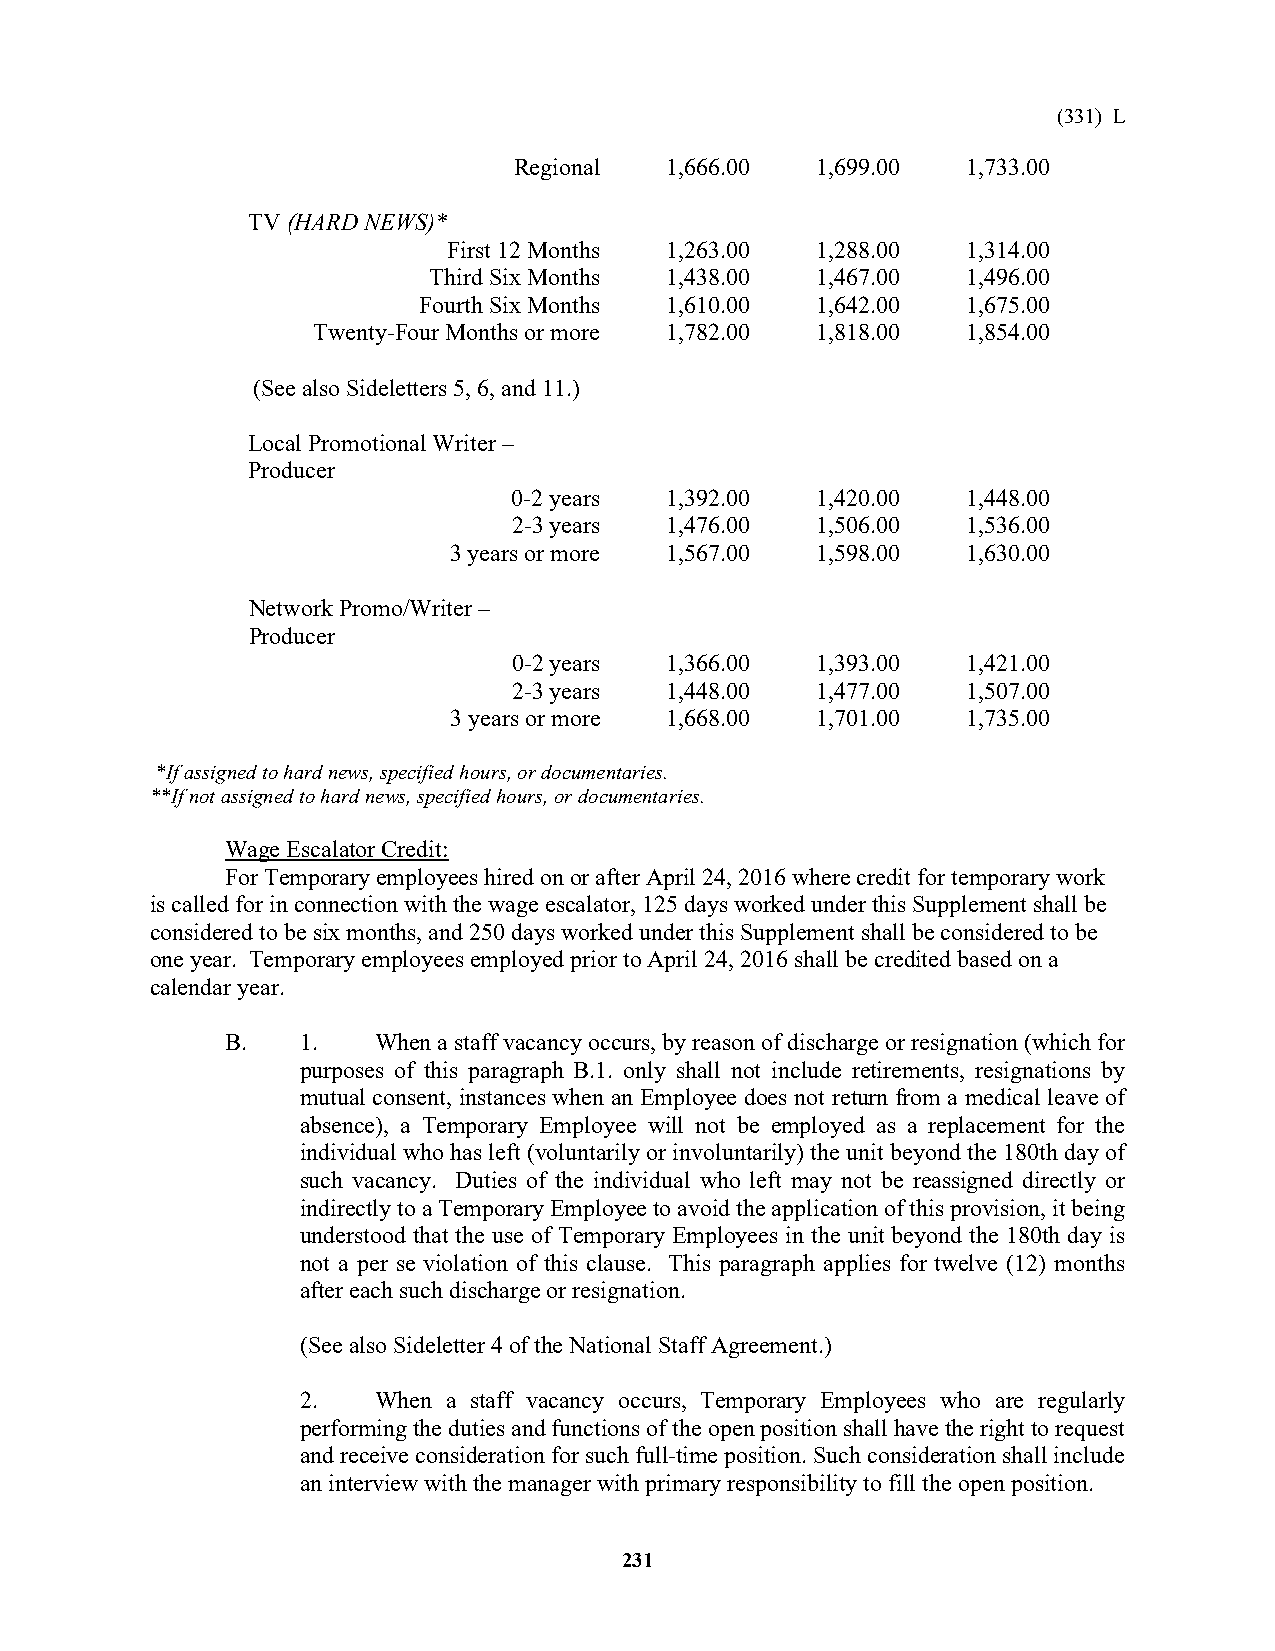
(331) L
 Regional  1,666.00  1,699.00  1,733.00
 TV (HARD NEWS)*
 First 12 Months 1,263.00 1,288.00 1,314.00
 Third Six Months 1,438.00 1,467.00  1,496.00
 Fourth Six Months 1,610.00 1,642.00 1,675.00
 Twenty-Four Months or more 1,782.00 1,818.00 1,854.00
 (See also Sideletters 5, 6, and 11.)
 Local Promotional Writer –
 Producer
 0-2 years 1,392.00  1,420.00  1,448.00
 2-3 years 1,476.00  1,506.00  1,536.00
 3 years or more 1,567.00 1,598.00 1,630.00
 Network Promo/Writer –
 Producer
 0-2 years 1,366.00  1,393.00  1,421.00
 2-3 years 1,448.00  1,477.00  1,507.00
 3 years or more 1,668.00 1,701.00 1,735.00
 *If assigned to hard news, specified hours, or documentaries.
 **If not assigned to hard news, specified hours, or documentaries.
 Wage Escalator Credit:
 For Temporary employees hired on or after April 24, 2016 where credit for temporary work
 is called for in connection with the wage escalator, 125 days worked under this Supplement shall be
 considered to be six months, and 250 days worked under this Supplement shall be considered to be
 one year. Temporary employees employed prior to April 24, 2016 shall be credited based on a
 calendar year.
 B.   1.   When a staff vacancy occurs, by reason of discharge or resignation (which for
 purposes of this paragraph B.1. only shall not include retirements, resignations by
 mutual consent, instances when an Employee does not return from a medical leave of
 absence), a Temporary Employee will not be employed as a replacement for the
 individual who has left (voluntarily or involuntarily) the unit beyond the 180th day of
 such vacancy. Duties of the individual who left may not be reassigned directly or
 indirectly to a Temporary Employee to avoid the application of this provision, it being
 understood that the use of Temporary Employees in the unit beyond the 180th day is
 not a per se violation of this clause. This paragraph applies for twelve (12) months
 after each such discharge or resignation.
 (See also Sideletter 4 of the National Staff Agreement.)
 2.   When a staff vacancy occurs, Temporary Employees who are regularly
 performing the duties and functions of the open position shall have the right to request
 and receive consideration for such full-time position. Such consideration shall include
 an interview with the manager with primary responsibility to fill the open position.
 231